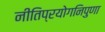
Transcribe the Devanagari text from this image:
नीतिप्रयोगनिपुणा